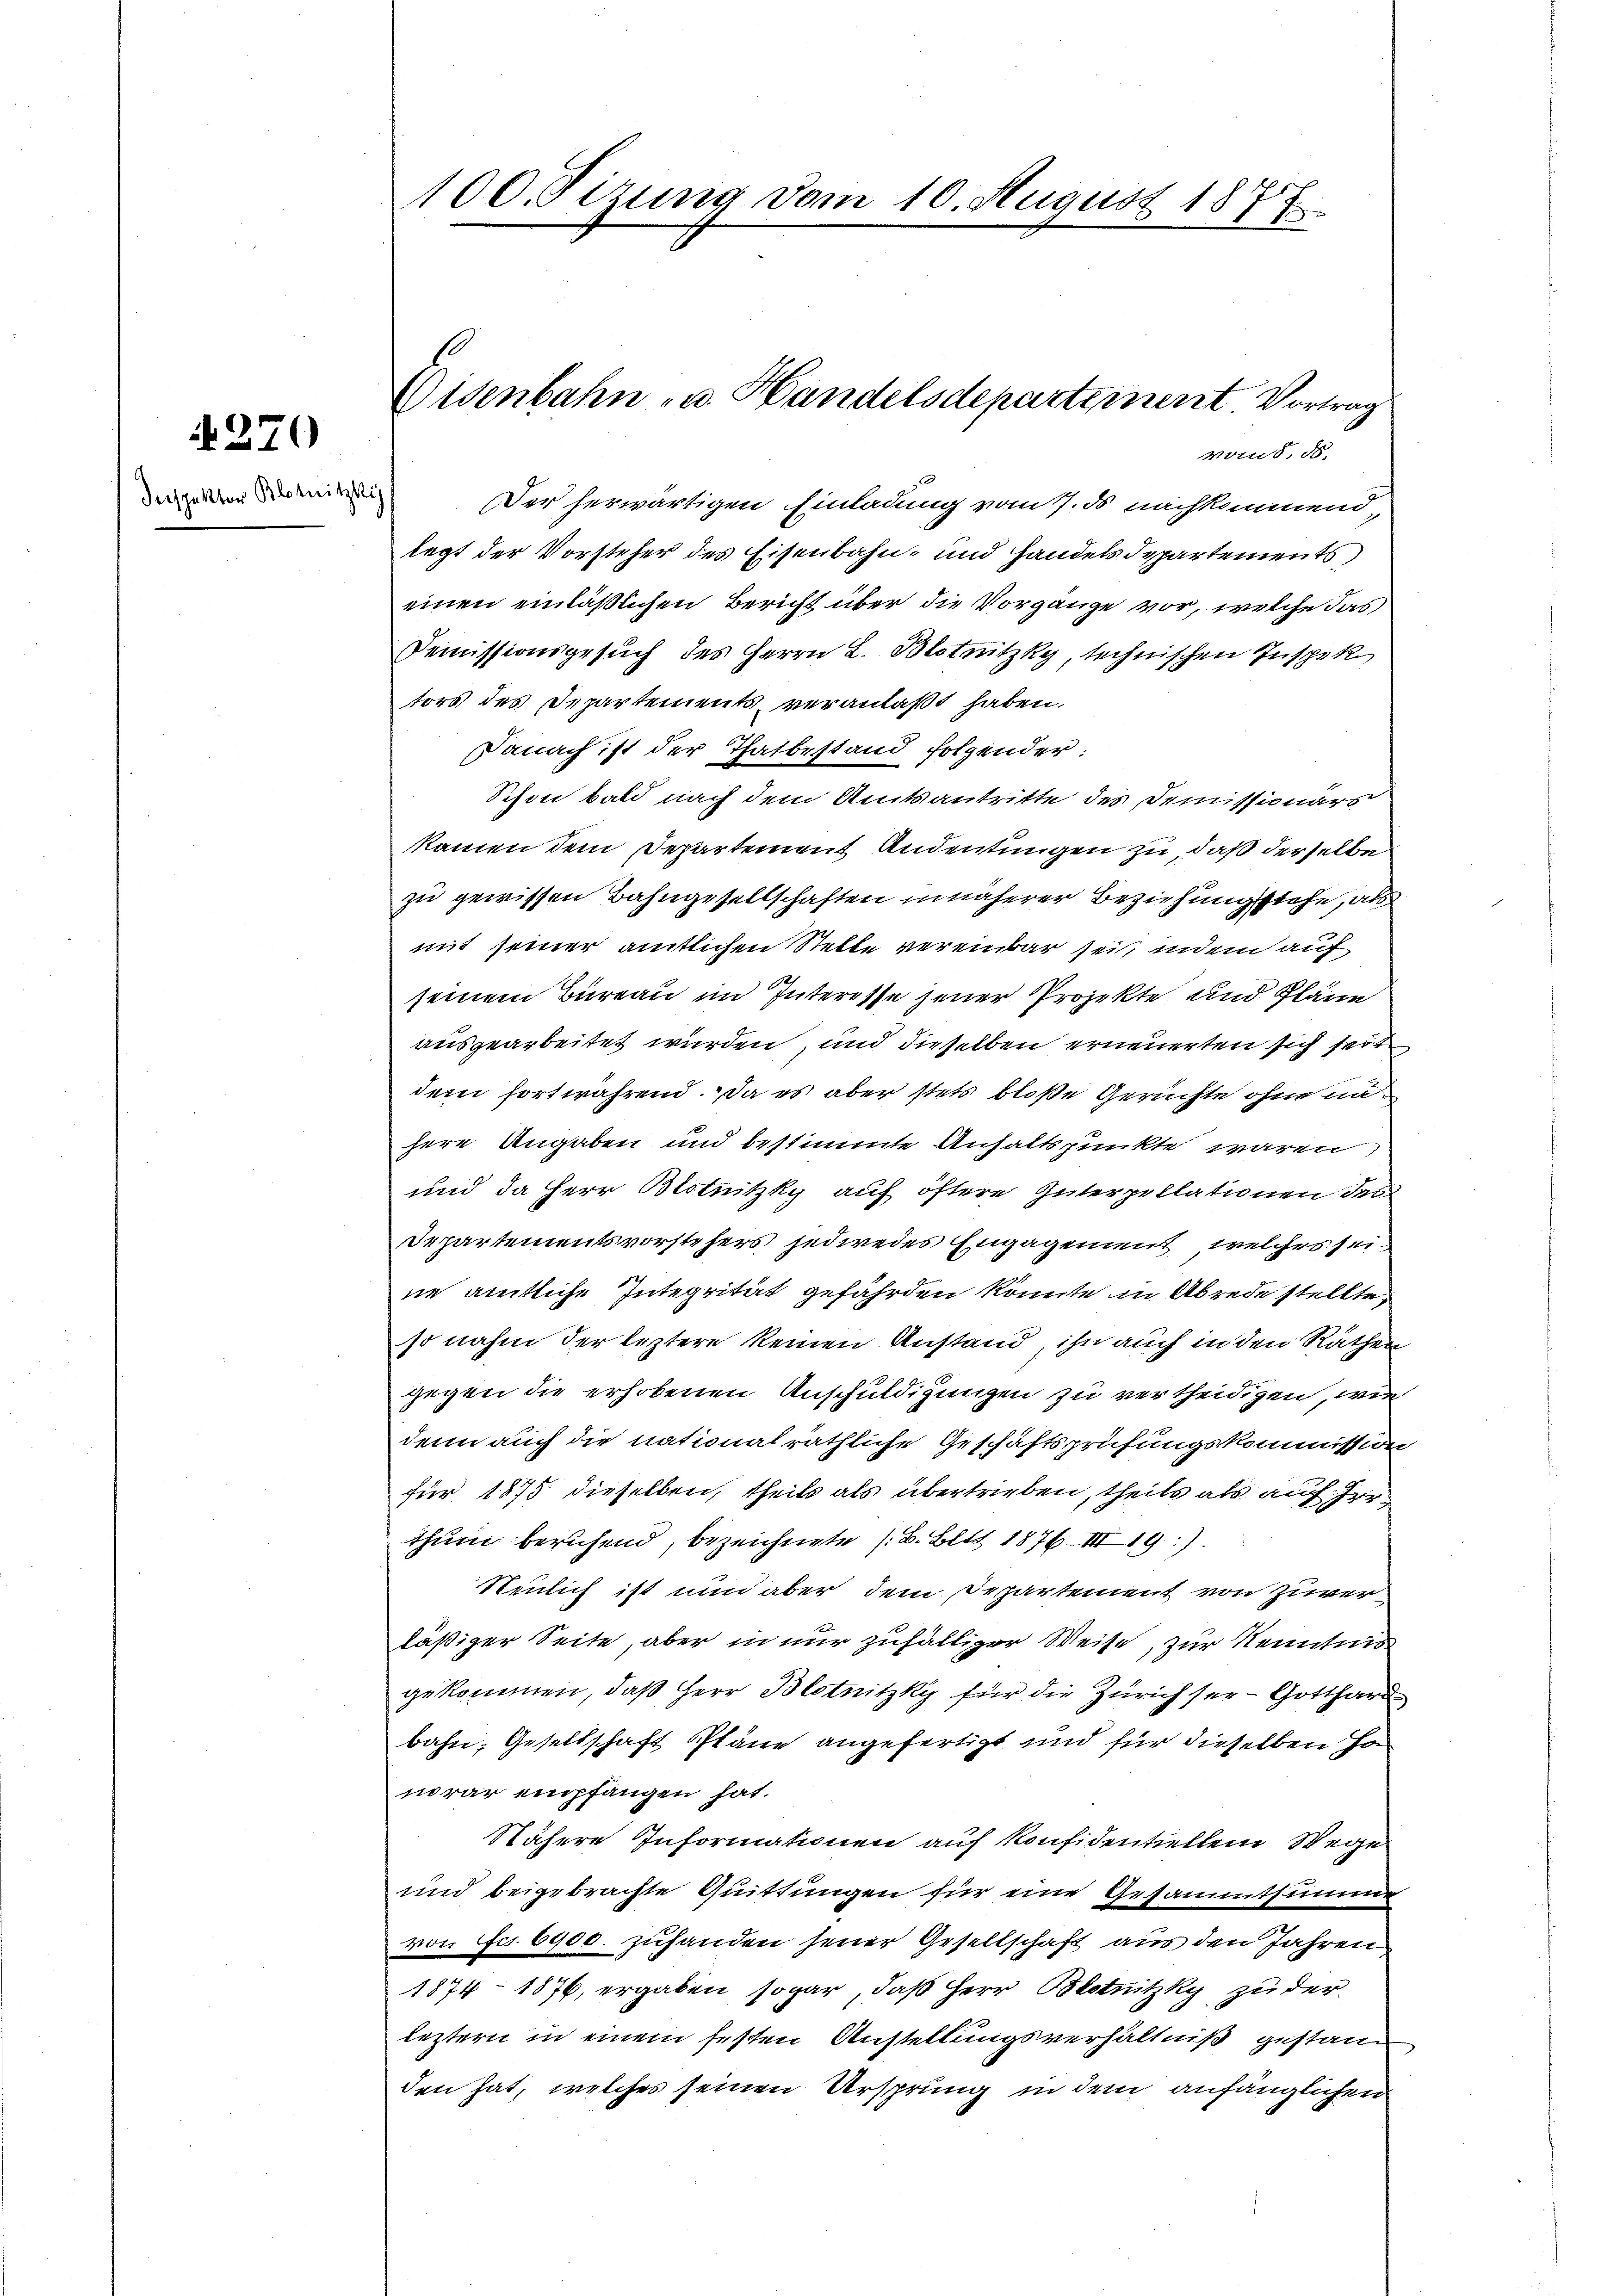
270

Inspektor Blotnitzki,

Der herwärtigen Einladung vom 7. ds nachkommend
legt der Vorsteher des Eisenbahn- und Handels Departements
einen einläßlichen Bericht über die Vorgange vor, welche das
Demissionsgesuch des Herrn L. Blotnitzky technischen Inspek
tors des Departements, veranlaßt haben.
Danach ist der Thatbestand folgender:
Schon bald nach dem Amtsantritte des Demissionärs
kamen dem Departement Andeutungen zu, daß derselbe
zu gewissen Bahngesellschaften in näherer Beziehung stehe, als
mit seiner amtlichen Stelle vereinbar sei, indem auf
seinem Bureau im Interesse jener Projekte und Pläne
ausgearbeitet wurden, und dieselben erneuerten sich seit
dem fortwährend. Da es aber stets bloße Gerichte ohne inhere Angaben und bestimmte Anhaltspunkte waren,
und da Herr Blotnitzky auf öftere Güterpellationen des
Departementsvorstehers jedwredes Engagement, welches seine amtliche Integrität gefährden könnte in Abrede stellte,
so nahm der leztere keinen Anstand, ihn auch in den Räthen
gegen die erhobenen Anschuldigungen zu vertheidigen, wie
denn auch die nationalräthliche Geschäftsprüfungskommission
für 1875 dieselben, theils als übertrieben, theils als auf zerthum beruhend, bezeichnete (B. Blit 1876 II19.)
Neulich ist nun aber dem Departement von Zuverläßiger Seite, aber in nur zufälliger Weise, zur Kenntnis
gekommen, daß Herr Blotnitzky für die Zürich sei - Gotthard
bahn, Gesellschaft Pläne angefertigt und für dieselben Ho
norar empfangen hat.
Nähere Informationen auf Konfidentiellem Wege
und beigebrachte Quittungen für eine Gesammtsumme
von Fr. 6900. zuhanden jener Gesellschaft aus den Jahren
1874 - 1876, ergaben sogar, daß Herr Blotnitzky zu der
leztern in einem festen Austellungsverhältniß gestand
den hat, welches seinen Ursprung in dem anfänglichen

100. Sizung vom 10. August 1877

Eisenbahn- u. Handelsdepartement. Vortrag
vom 8. d.